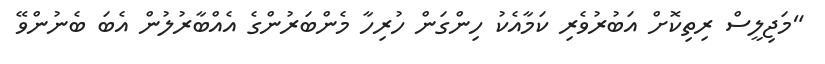
"މަޖިލީސް ރިތިކޮށް އަބުރުވެރި ކަމާއެކު ހިންގަން ހުރިހާ މެންބަރުންގެ އެއްބާރުލުން އެބަ ބެނުންވޭ